NAE_Eesti_seltside_protokollid_1900-1917, lk 7
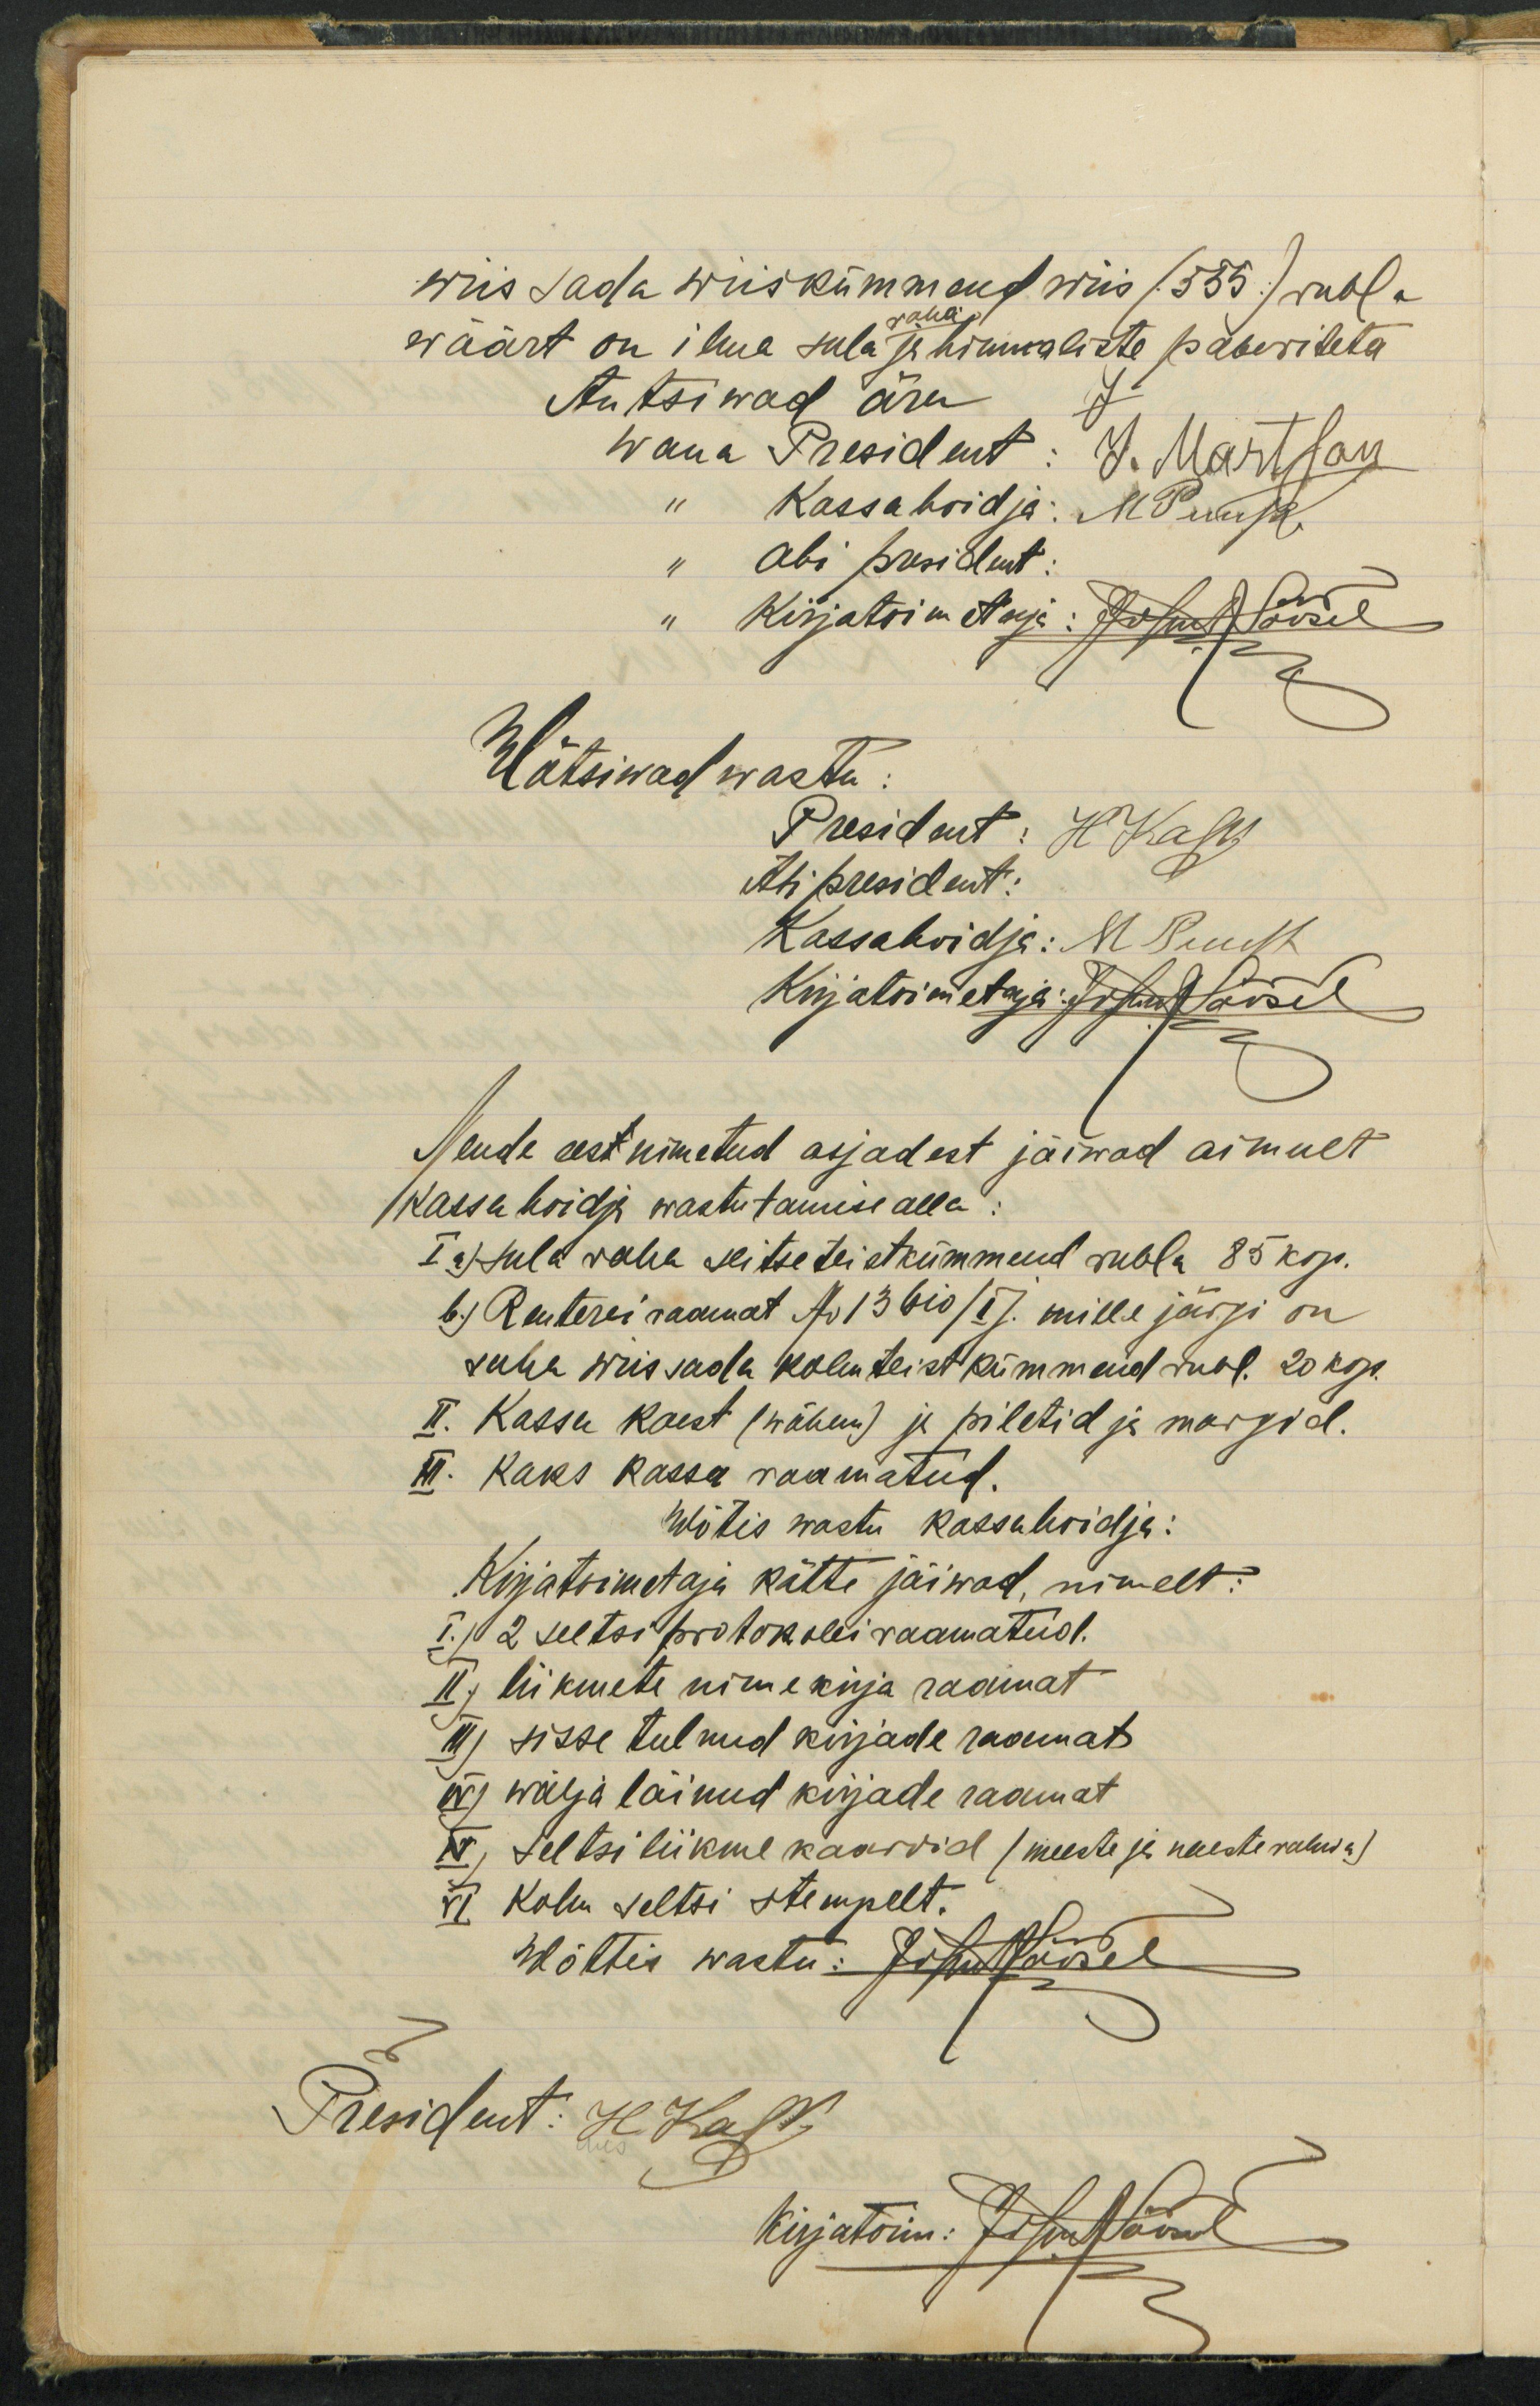
wiis sada wiiskümmend wiis (555.)/ rubla
wäärt on ilma sula ja hinnaliste paberiteta
Antsiwad ära
Nende eest nimetud asjadest jäiwad ainult
kassahoidja wastutamise alla:
I a) sula raha seitseteistkümmend rubla 85 kop.
b) Renterei raamat No 13610 /I/. mille järgi on
raha wiis sada kolmteist kümmend rubl. 20 kop.
II. Kassa kaest (wähem) ja piletid ja margid.
III. Kaks kassa raamatud
Wõtis wastu kassahoidja.
Kirjatoimetaja kätte jäiwad, nimelt:
I.) 2 seltsi protokolli raamatud.
II.) liikmete nimekirja raamat
III) sisse tulnud kirjade raamat
IV) wälja läinud kirjade raamat
V) Seltsi liikme kaardid (meeste ja naesterahwa)
VI Kolm seltsi stempelt.